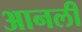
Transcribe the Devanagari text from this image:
आनली